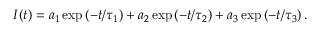
I ( t ) = a _ { 1 } \exp \left( - t / \tau _ { 1 } \right) + a _ { 2 } \exp \left( - t / \tau _ { 2 } \right) + a _ { 3 } \exp \left( - t / \tau _ { 3 } \right) .